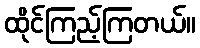
ထိုင်ကြည့်ကြတယ်။